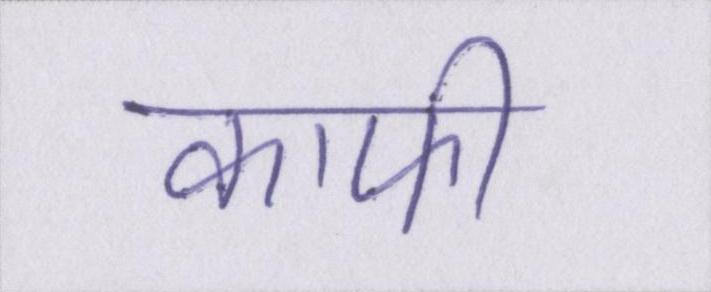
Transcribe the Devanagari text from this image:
काफी